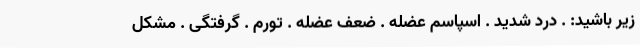
زیر باشید: . درد شدید . اسپاسم عضله . ضعف عضله . تورم . گرفتگی . مشکل